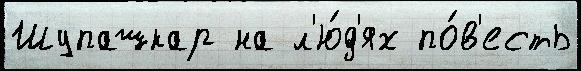
Шупашкар на л'ю́д'ях по́в'есть